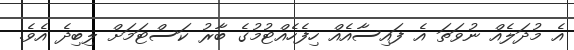
އެ މުދަލެއް ނުވަތަ އެ ފައިސާއެއް ހިފެހެއްޓުމުގެ ބާރު ކަސްޓަމަށް ލިބިދެ އެވެ.